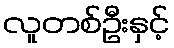
လူတစ်ဦးနှင့်